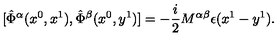
\mathrm { } [ \hat { \Phi } ^ { \alpha } ( x ^ { 0 } , x ^ { 1 } ) , \hat { \Phi } ^ { \beta } ( x ^ { 0 } , y ^ { 1 } ) ] = - \frac { i } { 2 } M ^ { \alpha \beta } \epsilon ( x ^ { 1 } - y ^ { 1 } ) .